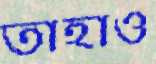
তাহাও